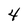
Character: 4